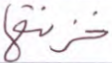
خزنتها